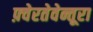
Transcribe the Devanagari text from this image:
फ़्वेरतेवेन्तूरा